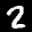
Label: 2